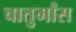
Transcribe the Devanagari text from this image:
चातुर्मांस